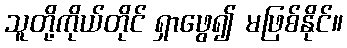
သူတို့ကိုယ်တိုင် ရှာဖွေ၍ မဖြစ်နိုင်။